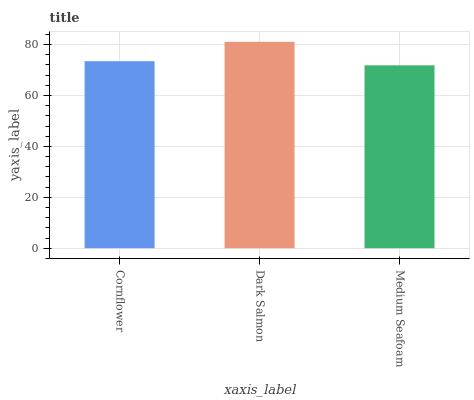
| xaxis_label | bars |
 | --- | --- |
 | Cornflower | 73.5 |
 | Dark Salmon | 81.1 |
 | Medium Seafoam | 71.8 |